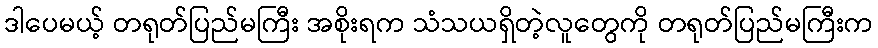
ဒါပေမယ့် တရုတ်ပြည်မကြီး အစိုးရက သံသယရှိတဲ့လူတွေကို တရုတ်ပြည်မကြီးက